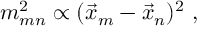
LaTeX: m _ { m n } ^ { 2 } \propto ( \vec { x } _ { m } - \vec { x } _ { n } ) ^ { 2 } \ ,